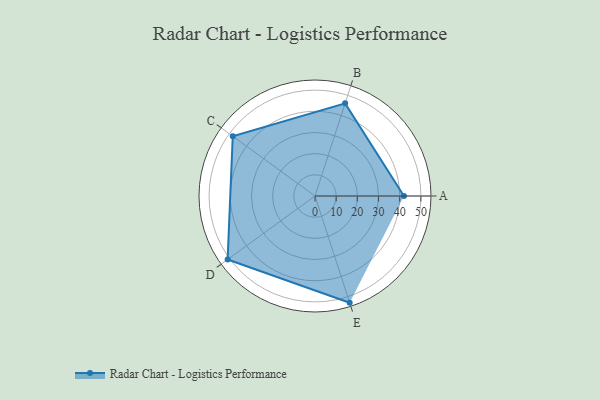
{"axis": {"x": "Skill", "y": "Score"}, "legend": ["Profile"], "data": [{"x": "A", "y": 42.0, "type": "Profile"}, {"x": "B", "y": 46.0, "type": "Profile"}, {"x": "C", "y": 48.0, "type": "Profile"}, {"x": "D", "y": 51.0, "type": "Profile"}, {"x": "E", "y": 53.0, "type": "Profile"}]}